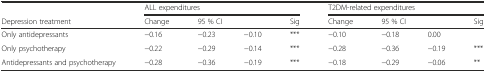
|  | <COLSPAN=4> ALL expenditures | <COLSPAN=4> T2DM-related expenditures |
 | Depression treatment | Change | <COLSPAN=2> 95 % CI | Sig | Change | <COLSPAN=2> 95 % CI | Sig |
 | --- | --- | --- | --- | --- | --- | --- | --- | --- |
 | Only antidepressants | −0.16 | −0.23 | −0.10 | *** | −0.10 | −0.18 | 0.00 |  |
 | Only psychotherapy | −0.22 | −0.29 | −0.14 | *** | −0.28 | −0.36 | −0.19 | *** |
 | Antidepressants and psychotherapy | −0.28 | −0.36 | −0.19 | *** | −0.18 | −0.29 | −0.06 | ** |